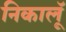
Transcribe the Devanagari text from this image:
निकालूॅ